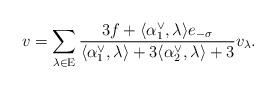
LaTeX: \begin{align*}v = \sum \limits_{\lambda \in \mathrm E} \frac{3f + \langle \alpha_1^\vee, \lambda \rangle e_{-\sigma}}{\langle \alpha_1^\vee, \lambda \rangle + 3\langle \alpha_2^\vee, \lambda \rangle + 3} v_\lambda.\end{align*}